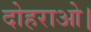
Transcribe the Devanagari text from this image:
दोहराओ।